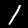
Digit: 1